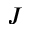
J